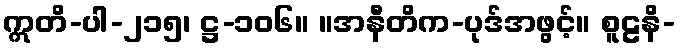
ဣတိ-ပါ-၂၁၅၊ ဋ္ဌ-၁၀၆။ ။အနီတိက-ပုဒ်အဖွင့်။ စူဠနိ-